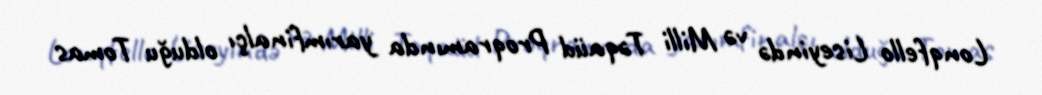
Lonqfello Liseyində və Milli Təqaüd Proqramında yarımfinalçı olduğu Tomas